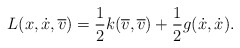
\begin{gather*} L ( x, \dot{x}, \overline{ v } ) = \frac{1}{2} k ( \overline{ v} , \overline{ v } ) + \frac{1}{2} g ( \dot{x} , \dot{x} ) . \end{gather*}